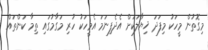
މިގޮތުން މީހަކު މިފަދަ ޚިޔާލަކަށް އެދެފިނަމަ އެމީހަކު ހުރި މަގާމުގައި ތިމާ ކަންތައް